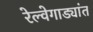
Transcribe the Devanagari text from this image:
रेल्वेगाड्यांत